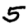
Digit: 5